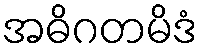
အဓိဂတမိဒံ